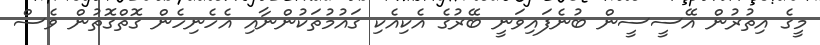
މީގެ އިތުރުން އޭސީސީން ބުނެފައިވަނީ ބޭރުގެ އެކިއެކި ގައުމުތަކުންނާއި އެހެނިހެން ގޮތްގޮތުން ވެސް